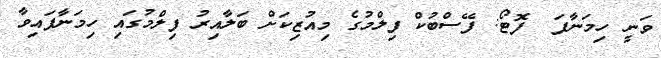
ވަނީ ހިމަނާފަ  ފޮޓޯ: ފޭސްބުކް ފިލްމުގެ މިއުޒިކަށް ބަލާއިރު ފިލްމުގައި ހިމަނާފައިވާ